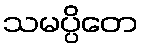
သမပ္ပိတေ